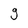
Character: g